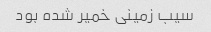
سیب زمینی خمیر شده بود